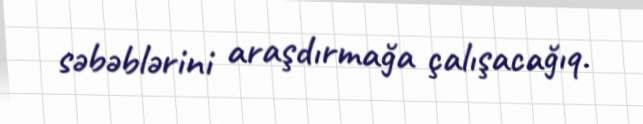
səbəblərini araşdırmağa çalışacağıq.